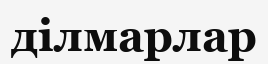
ділмарлар